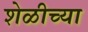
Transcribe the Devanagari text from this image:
शेळीच्या